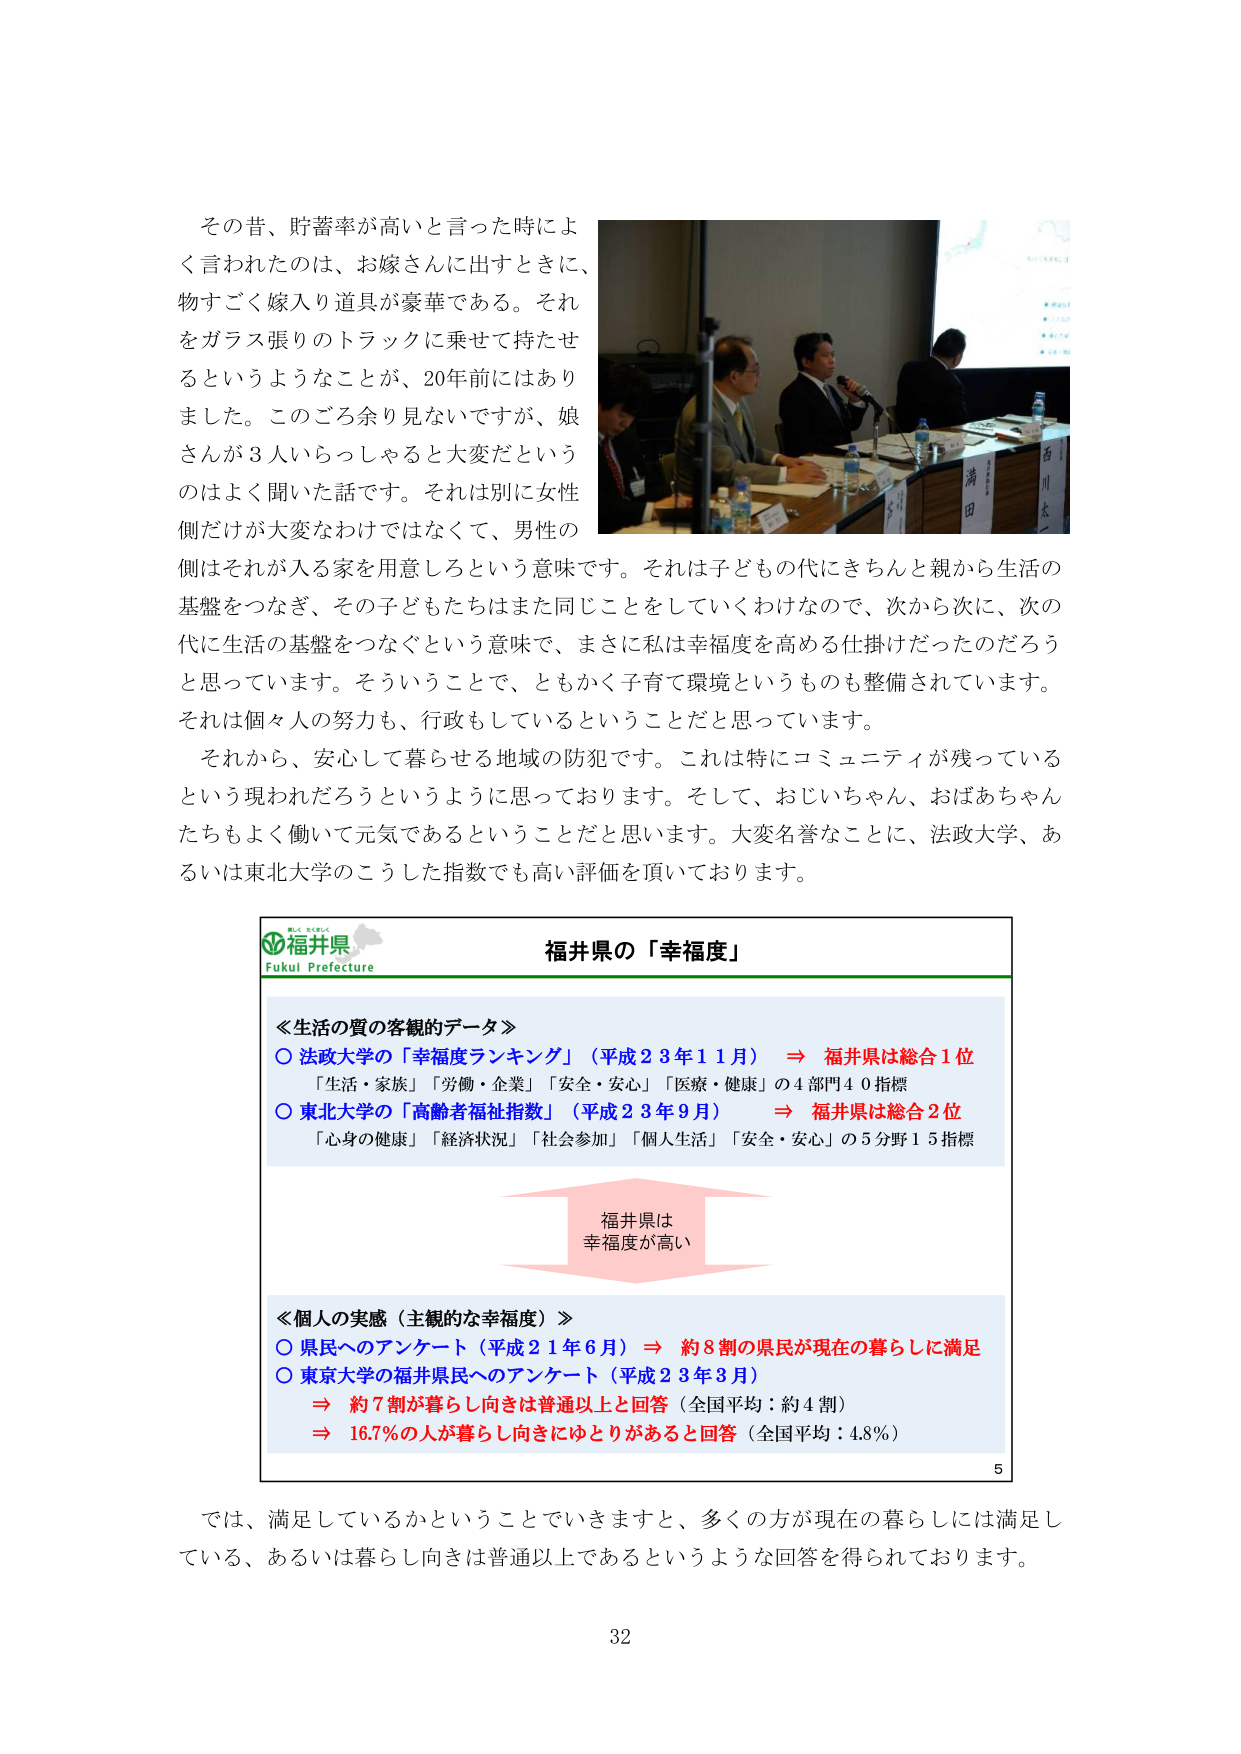
その昔、貯蓄率が高いと言った時によく言われたのは、お嫁さんに出すときに、物すごく嫁入り道具が豪華である。それをガラス張りのトラックに乗せて持たせるというようなことが、20年前にはありました。このごろ余り見ないですが、娘さんが3人いらっしゃると大変だというのはよく聞いた話です。それは別に女性側だけが大変なわけではなくて、男性の側はそれが入る家を用意しろという意味です。それは子どもの代にきちんと親から生活の基盤をつなぎ、その子どもたちはまた同じことをしていくわけなので、次から次に、次の代に生活の基盤をつなぐという意味で、まさに私は幸福度を高める仕掛けだったのだろうと思っています。そういうことで、ともかく子育て環境というのも整備されています。それは個々人の努力も、行政もしているということだと思っています。

それから、安心して暮らせる地域の防犯です。これは特にコミュニティが残っているという現われだろうというように思っております。そして、おじいちゃん、おばあちゃんたちもよく働いて元気であるということだと思います。大変名誉なことに、法政大学、あるいは東北大学のこうした指数でも高い評価を頂いております。

福井県
Fukui Prefecture
福井県の「幸福度」

≪生活の質の客観的データ≫
○ 法政大学の「幸福度ランキング」（平成23年11月） ⇒ 福井県は総合1位
「生活・家族」「労働・企業」「安全・安心」「医療・健康」の4部門40指標
○ 東北大学の「高齢者福祉指数」（平成23年9月） ⇒ 福井県は総合2位
「心身の健康」「経済状況」「社会参加」「個人生活」「安全・安心」の5分野15指標

福井県は
幸福度が高い

≪個人の実感（主観的な幸福度）≫
○ 県民へのアンケート（平成21年6月） ⇒ 約8割の県民が現在の暮らしに満足
○ 東京大学の福井県民へのアンケート（平成23年3月）
⇒ 約7割が暮らし向きは普通以上と回答（全国平均：約4割）
⇒ 16.7％の人が暮らし向きにゆとりがあると回答（全国平均：4.8％）

では、満足しているかということでいきますと、多くの方が現在の暮らしには満足している、あるいは暮らし向きは普通以上であるというような回答を得られております。

32